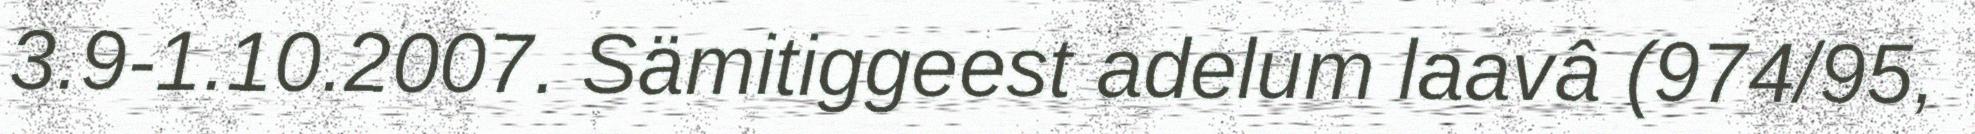
3.9-1.10.2007. Sämitiggeest adelum laavâ (974/95,